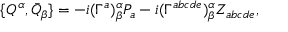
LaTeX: \{ Q ^ { \alpha } , \bar { Q } _ { \beta } \} = - i ( \Gamma ^ { a } ) _ { \beta } ^ { \alpha } P _ { a } - i ( \Gamma ^ { a b c d e } ) _ { \beta } ^ { \alpha } Z _ { a b c d e } ,